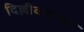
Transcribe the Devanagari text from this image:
दिल्लीकरांच्या